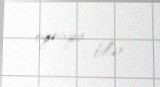
oynaya bilər.